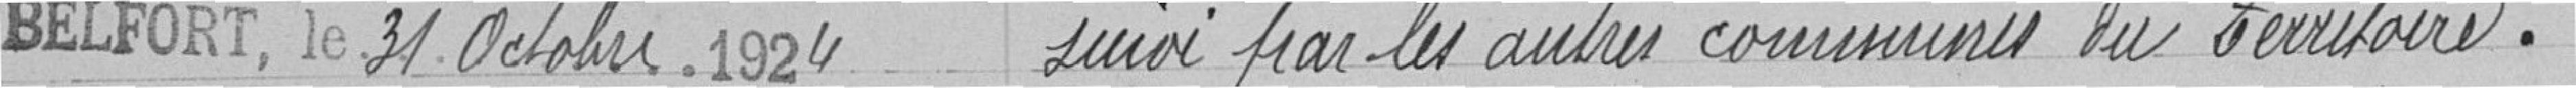
BELFORT, le 31 Octobre . 1924